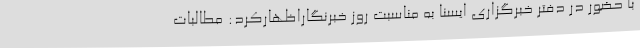
با حضور در دفتر خبرگزاری ایسنا به مناسبت روز خبرنگاراظهارکرد: مطالبات